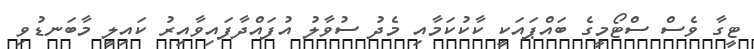
ޓީގާ ވެސް ސްޓޯމީގެ ބައްޕައަކީ ކާކުކަމާއި މެދު ސުވާލު އުފައްދާފައިވާއިރު ކައިލީ މާބަނޑުވި